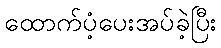
ထောက်ပံ့ပေးအပ်ခဲ့ပြီး